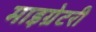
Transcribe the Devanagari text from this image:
माइग्रेटरी